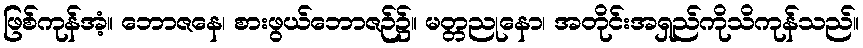
ဖြစ်ကုန်အံ့။ ဘောဇနေ၊ စားဖွယ်ဘောဇဉ်၌။ မတ္တညုနော၊ အတိုင်းအရှည်ကိုသိကုန်သည်။